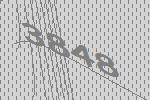
3848